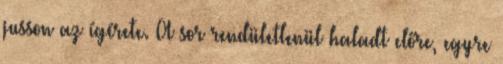
jusson az ígérete. A sor rendületlenül haladt előre, egyre